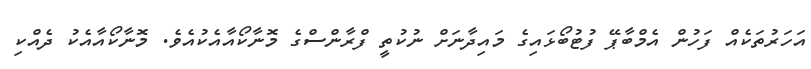
އަހަރުތަކެއް ފަހުން އެމްބާޕޭ ފުޓުބޯޅައިގެ މައިދާނަށް ނުކުތީ ފްރާންސްގެ މޮނާކޯއާއެކުއެވެ. މޮނާކޯއާއެކު ދެއްކި